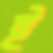
ই